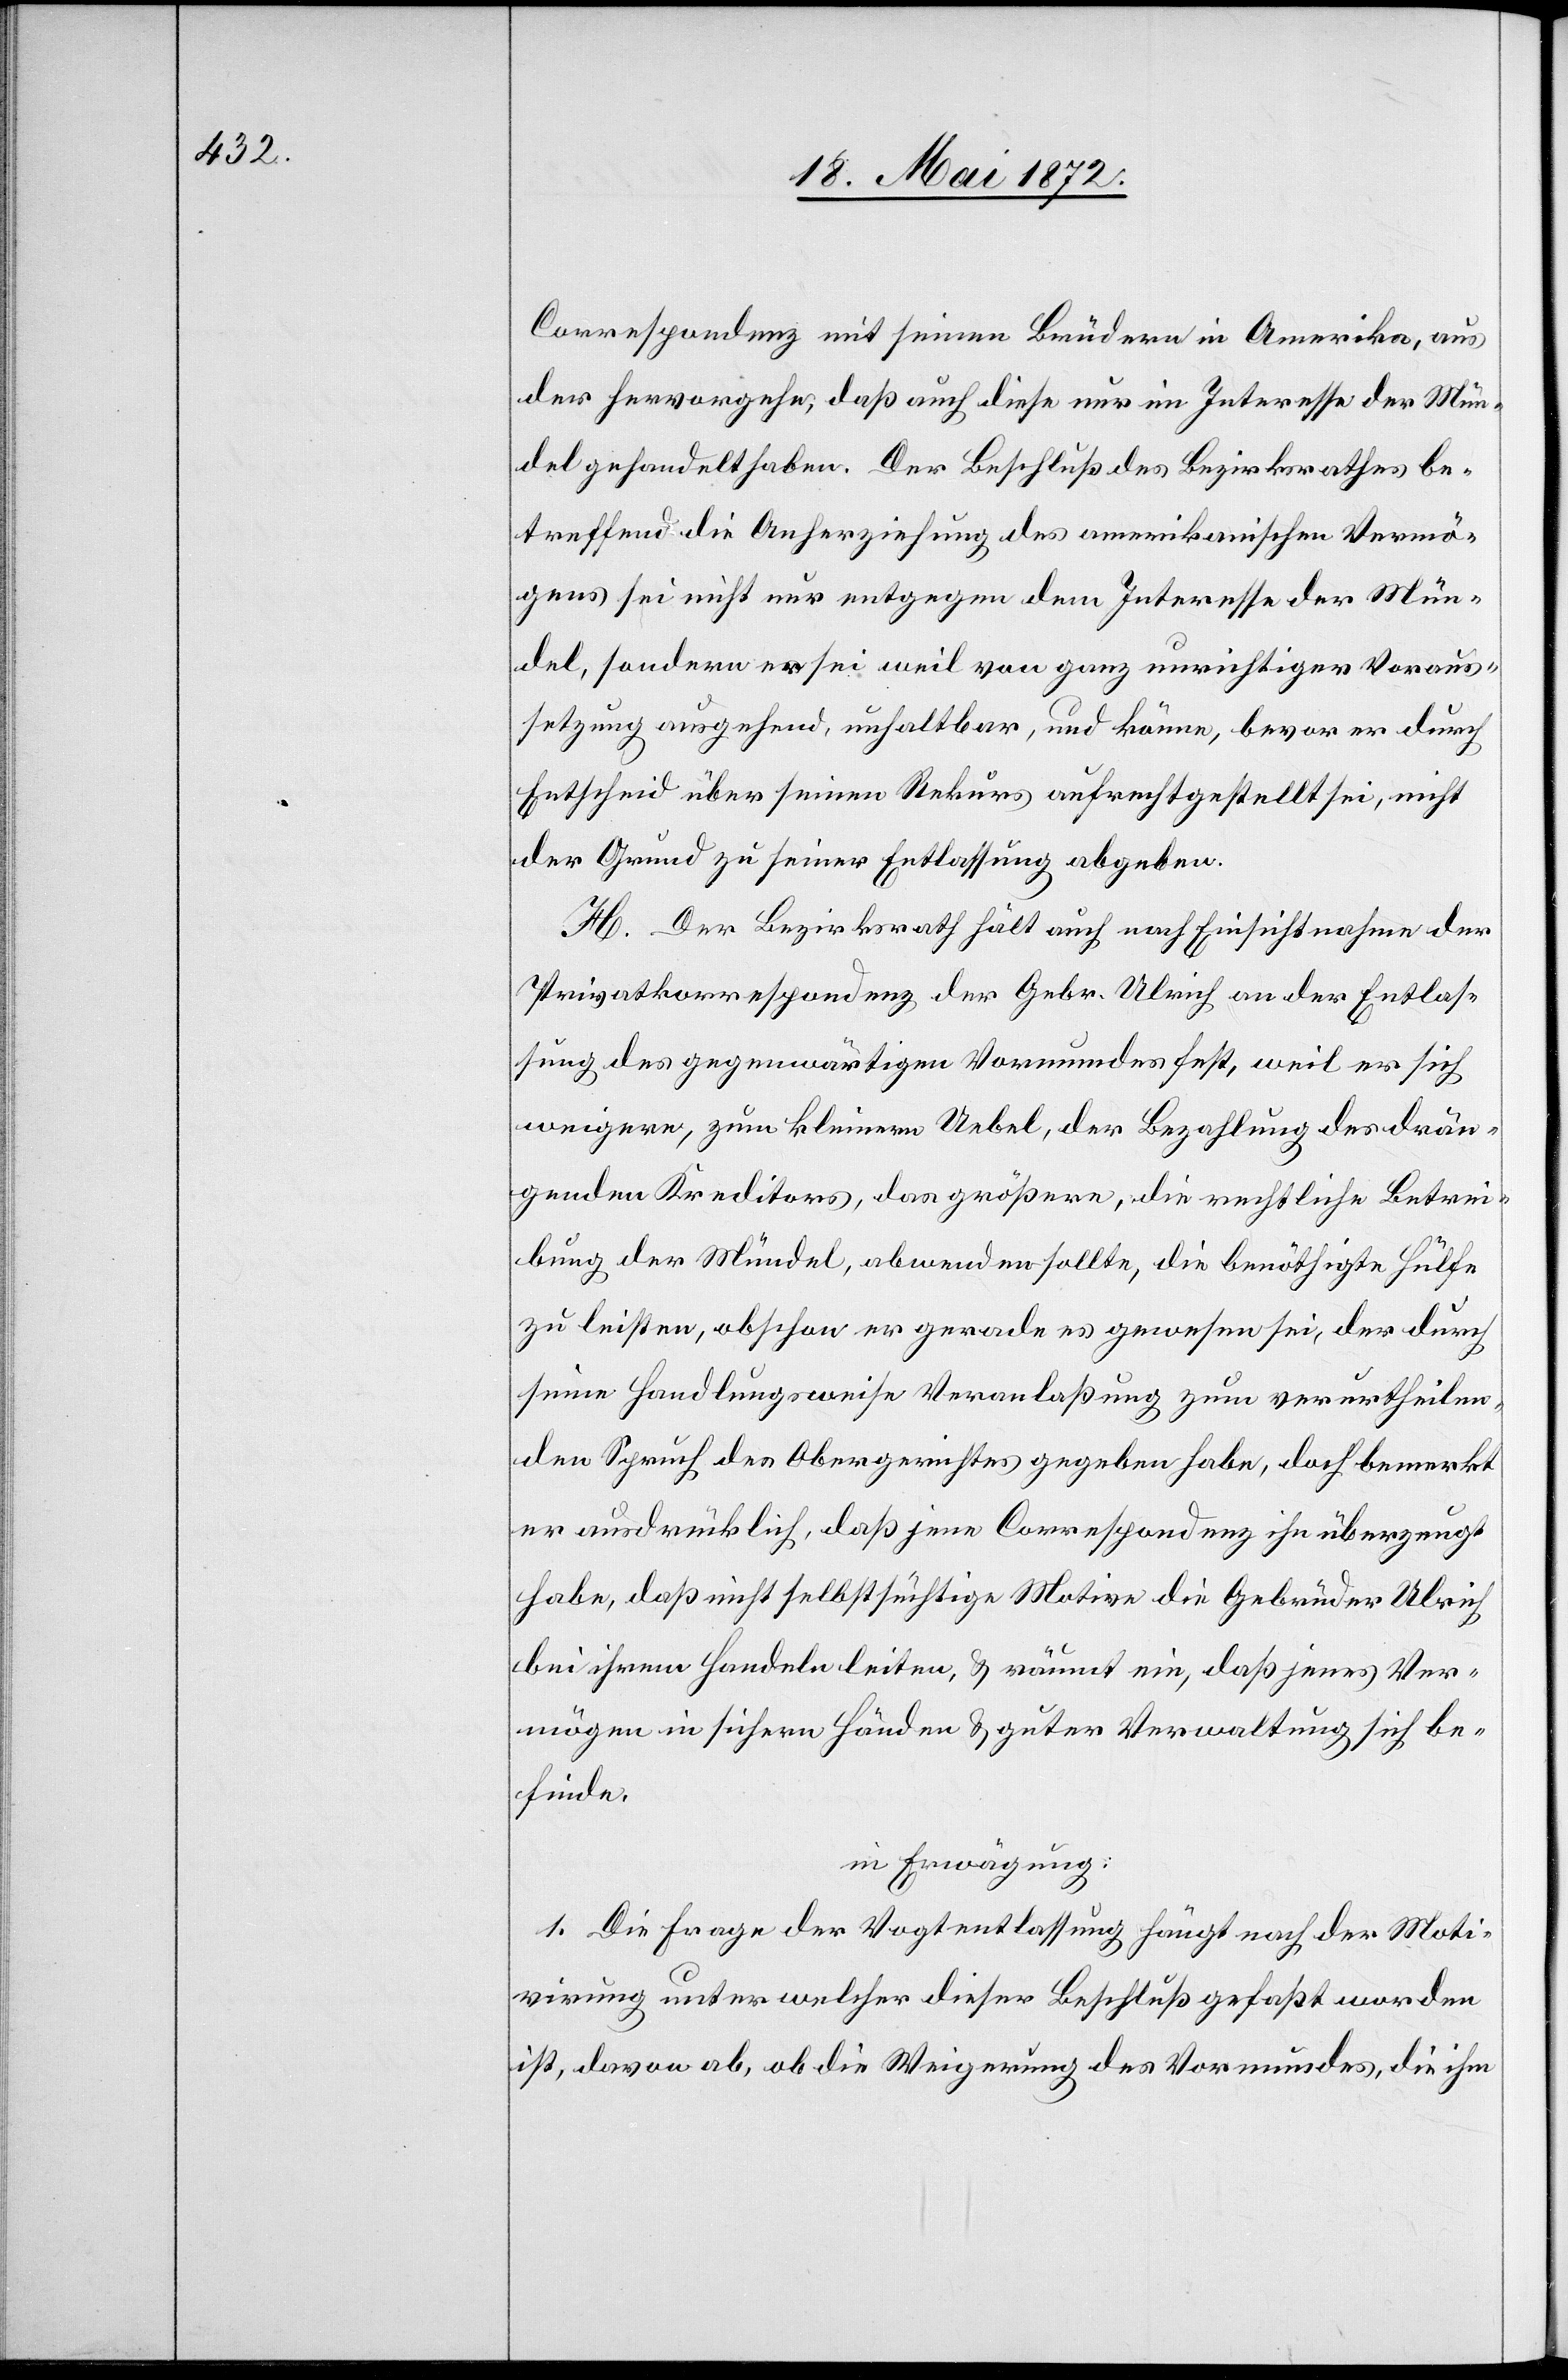
Correspondenz mit seinen Brüdern in Amerika, aus
der hervorgehe, daß auch diese nur im Interesse der Mün¬
del gehandelt haben. Der Beschluß des Bezirksrathes be¬
treffend die Anherziehung des amerikanischen Vermö¬
gens sei nicht nur entgegen dem Interesse der Mün¬
del, sondern es sei weil von ganz unrichtiger Voraus¬
setzung ausgehend, unhaltbar, und könne, bevor er durch
Entscheid über seinen Rekurs aufrechtgestellt sei, nicht
der Grund zu seiner Entlassung abgeben.
H. Der Bezirksrath hält auch nach Einsichtnahme der
Privatkorrespondenz der Gebr. Ulrich an der Entlas¬
sung des gegenwärtigen Vormundes fest, weil er sich
weigere, zum kleinern Uebel, der Bezahlung des drän¬
genden Kreditors, das größere, die rechtliche Betrei¬
bung der Mündel, abwenden sollte, die benöthigte Hülfe
zu leisten, obschon er gerade es gewesen sei, der durch
seine Handlungsweise Veranlaßung zum verurtheilen¬
den Spruch des Obergerichtes gegeben habe, doch bemerkt
er ausdrücklich, daß jene Correspondenz ihn überzeugt
habe, daß nicht selbstsüchtige Motive die Gebrüder Ulrich
bei ihrem Handeln leiten, u. räumt ein, daß jenes Ver¬
mögen in sichern Händen u. guter Verwaltung sich be¬
finde.
in Erwägung:
1. Die Frage der Vogtentlassung hängt nach der Moti¬
virung unter welcher dieser Beschluß gefaßt worden
ist, davon ab, ob die Weigerung des Vormundes, die ihm